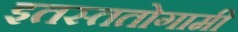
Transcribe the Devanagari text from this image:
इतस्ततोगामी